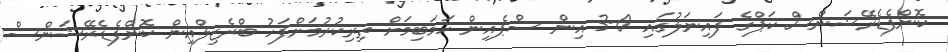
ކޮންފެޑެރޭޝަންސް ކަޕްގެ ފައިނަލުގައި 0-3 އިން ސްޕެއިން ހަމަބިމަށް ތިރިކުރުމަށްފަހު ބްރެޒިލްއިން ކޮންފެޑެރޭޝަންސް